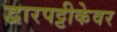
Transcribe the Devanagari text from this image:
द्वारपट्टीकेवर